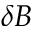
\delta B